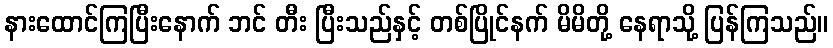
နားထောင်ကြပြီးနောက် ဘင် တီး ပြီးသည်နှင့် တစ်ပြိုင်နက် မိမိတို့ နေရာသို့ ပြန်ကြသည်။